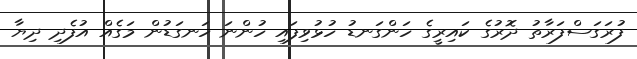
ފުރަގަސްފަރާތު ދޮރުގެ ކައިރީގެ ހަންގަނޑު ހުޅުވިފައި ހުންނަ ހަނގަޑުން މަގެއް އުފެދި ދިޔާ